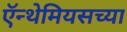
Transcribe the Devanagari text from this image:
ऍन्थेमियसच्या